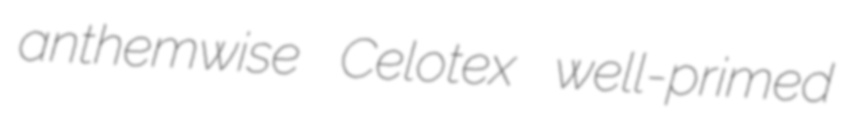
anthemwise Celotex well-primed